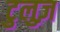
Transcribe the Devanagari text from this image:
टुलुज़